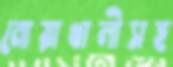
নোয়াখালীসহ